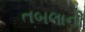
તબલાની